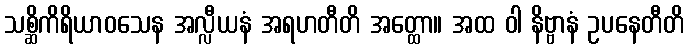
သစ္ဆိကိရိယာဝသေန အလ္လီယနံ အရဟတီတိ အတ္ထော။ အထ ဝါ နိဗ္ဗာနံ ဥပနေတီတိ